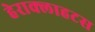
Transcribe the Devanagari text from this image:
हेराक्लाहटस